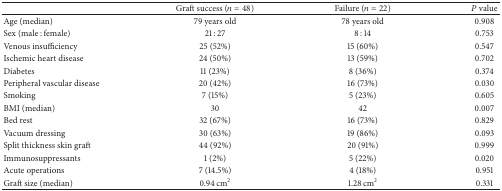
|  | Graft success (n = 48) | Failure (n = 22) | P value |
 | --- | --- | --- | --- |
 | Age (median) | 79 years old | 78 years old | 0.908 |
 | Sex (male : female) | 21 : 27 | 8 : 14 | 0.753 |
 | Venous insufficiency | 25 (52%) | 15 (60%) | 0.547 |
 | Ischemic heart disease | 24 (50%) | 13 (59%) | 0.702 |
 | Diabetes | 11 (23%) | 8 (36%) | 0.374 |
 | Peripheral vascular disease | 20 (42%) | 16 (73%) | 0.030 |
 | Smoking | 7 (15%) | 5 (23%) | 0.605 |
 | BMI (median) | 30 | 42 | 0.007 |
 | Bed rest | 32 (67%) | 16 (73%) | 0.829 |
 | Vacuum dressing | 30 (63%) | 19 (86%) | 0.093 |
 | Split thickness skin graft | 44 (92%) | 20 (91%) | 0.999 |
 | Immunosuppressants | 1 (2%) | 5 (22%) | 0.020 |
 | Acute operations | 7 (14.5%) | 4 (18%) | 0.951 |
 | Graft size (median) | 0.94 cm2 | 1.28 cm2 | 0.331 |